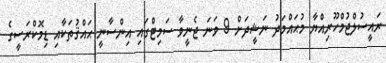
ރައީސުލްޖުމްހޫރިއްޔާ މުޙައްމަދު ނަޝީދަށް 9 ވަނަ ޖެނީވާ ސަމިޓްގައި އިންސާނީ ޙައްޤުތަކާއި ޑިމޮކްރަސީގެ